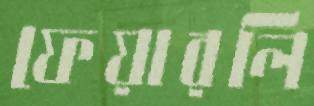
ফেয়ারলি